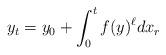
LaTeX: \begin{align*} y_t = y_0 + \int_0^t f(y)^\ell dx_r\end{align*}